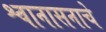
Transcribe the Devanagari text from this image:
श्वानासनाचे